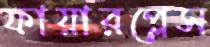
ফায়ারপ্লেস